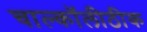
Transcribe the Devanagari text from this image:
चाल्कॉलीठीक